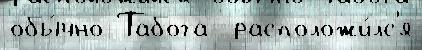
обы́чно Табога  расположи́лс'я